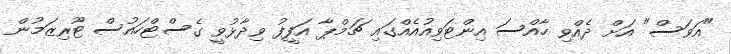
"އަވަސް" އަށް ދެއްވި ހާއްސަ އިންޓަވިއުއެއްގައި ޗަމްޕާ އަފީފު ވިދާޅުވީ ގެސްޓްހައުސް ޓޫރިޒަމުން